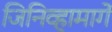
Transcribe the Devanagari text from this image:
जिनिव्हामार्गे